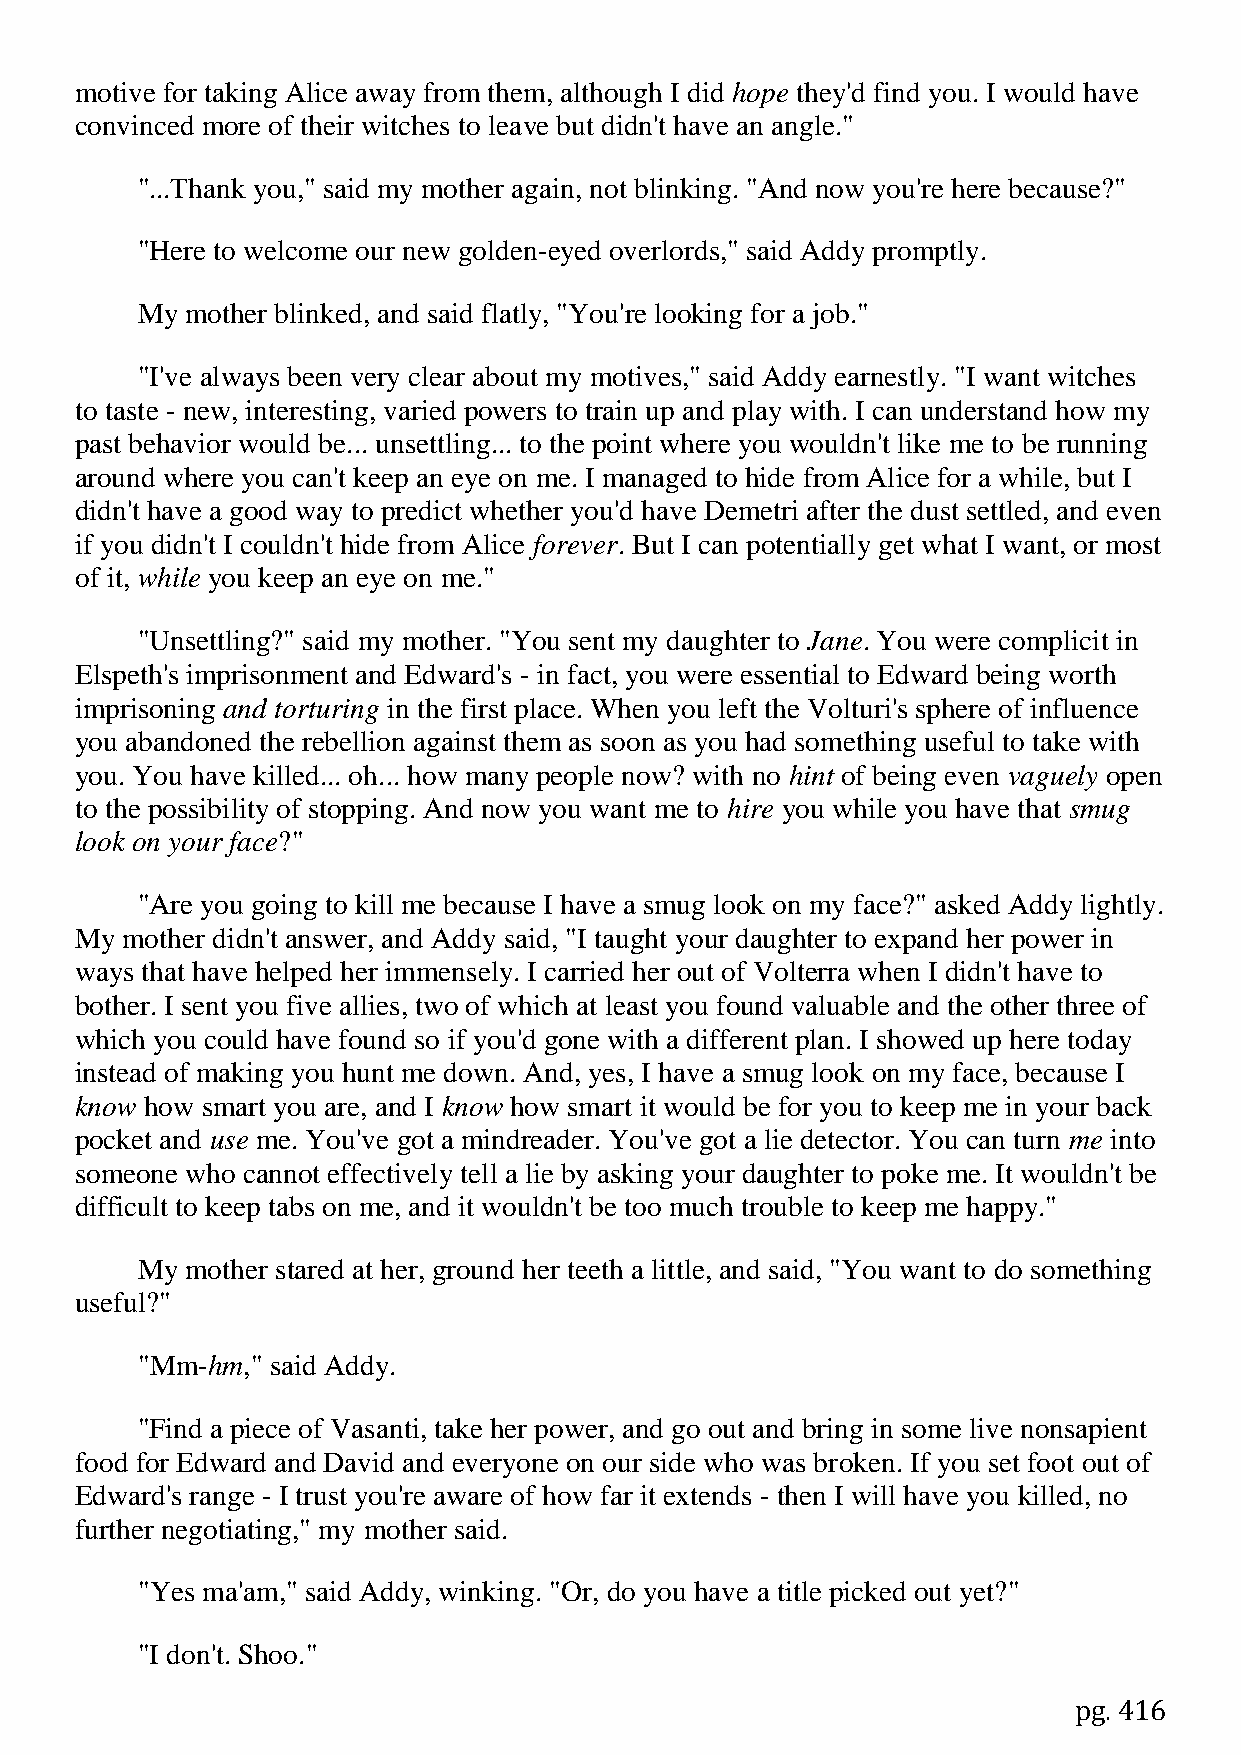
motive for taking Alice away from them, although I did hope they'd find you. I would have
 convinced more of their witches to leave but didn't have an angle."
 "...Thank you," said my mother again, not blinking. "And now you're here because?"
 "Here to welcome our new golden-eyed overlords," said Addy promptly.
 My mother blinked, and said flatly, "You're looking for a job."
 "I've always been very clear about my motives," said Addy earnestly. "I want witches
 to taste - new, interesting, varied powers to train up and play with. I can understand how my
 past behavior would be... unsettling... to the point where you wouldn't like me to be running
 around where you can't keep an eye on me. I managed to hide from Alice for a while, but I
 didn't have a good way to predict whether you'd have Demetri after the dust settled, and even
 if you didn't I couldn't hide from Alice forever. But I can potentially get what I want, or most
 of it, while you keep an eye on me."
 "Unsettling?" said my mother. "You sent my daughter to Jane. You were complicit in
 Elspeth's imprisonment and Edward's - in fact, you were essential to Edward being worth
 imprisoning and torturing in the first place. When you left the Volturi's sphere of influence
 you abandoned the rebellion against them as soon as you had something useful to take with
 you. You have killed... oh... how many people now? with no hint of being even vaguely open
 to the possibility of stopping. And now you want me to hire you while you have that smug
 look on your face?"
 "Are you going to kill me because I have a smug look on my face?" asked Addy lightly.
 My mother didn't answer, and Addy said, "I taught your daughter to expand her power in
 ways that have helped her immensely. I carried her out of Volterra when I didn't have to
 bother. I sent you five allies, two of which at least you found valuable and the other three of
 which you could have found so if you'd gone with a different plan. I showed up here today
 instead of making you hunt me down. And, yes, I have a smug look on my face, because I
 know how smart you are, and I know how smart it would be for you to keep me in your back
 pocket and use me. You've got a mindreader. You've got a lie detector. You can turn me into
 someone who cannot effectively tell a lie by asking your daughter to poke me. It wouldn't be
 difficult to keep tabs on me, and it wouldn't be too much trouble to keep me happy."
 My mother stared at her, ground her teeth a little, and said, "You want to do something
 useful?"
 "Mm-hm," said Addy.
 "Find a piece of Vasanti, take her power, and go out and bring in some live nonsapient
 food for Edward and David and everyone on our side who was broken. If you set foot out of
 Edward's range - I trust you're aware of how far it extends - then I will have you killed, no
 further negotiating," my mother said.
 "Yes ma'am," said Addy, winking. "Or, do you have a title picked out yet?"
 "I don't. Shoo."
 pg. 416